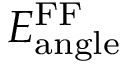
E _ { \mathrm { a n g l e } } ^ { \mathrm { F F } }